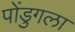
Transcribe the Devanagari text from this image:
पोंडुगला